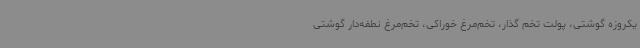
یکروزه گوشتی، پولت تخم گذار، تخم‌مرغ خوراکی، تخم‌مرغ نطفه‌دار گوشتی